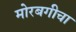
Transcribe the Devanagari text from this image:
मोरबगीचा